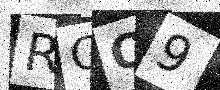
Text: RCQ9